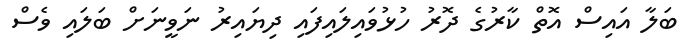
ބަލާ އައިސް އޮތް ކާރުގެ ދޮރު ހުޅުވައިލައިފައި ދިޔައިރު ނަވީނަށް ބަލައި ވެސް